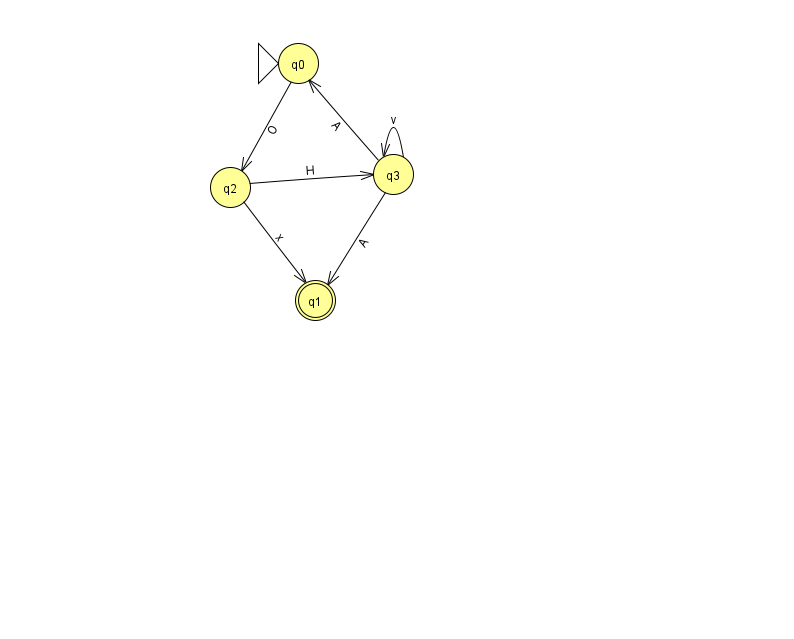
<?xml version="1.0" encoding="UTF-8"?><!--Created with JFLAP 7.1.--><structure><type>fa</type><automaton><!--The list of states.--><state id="0" name="q0"><x>298.0</x><y>50.0</y><initial/></state><state id="1" name="q1"><x>315.0</x><y>287.0</y><final/></state><state id="2" name="q2"><x>230.0</x><y>174.0</y></state><state id="3" name="q3"><x>393.0</x><y>161.0</y></state><!--The list of transitions.--><transition><from>3</from><to>1</to><read>A</read></transition><transition><from>3</from><to>0</to><read>A</read></transition><transition><from>3</from><to>3</to><read>v</read></transition><transition><from>2</from><to>3</to><read>H</read></transition><transition><from>2</from><to>1</to><read>x</read></transition><transition><from>0</from><to>2</to><read>O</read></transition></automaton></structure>